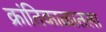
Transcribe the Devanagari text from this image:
क्रांतिकाळातला